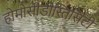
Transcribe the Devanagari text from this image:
होमोसीडीस्तिसिटी